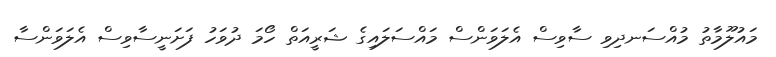
މައުލޫމާތު މުއްސަނދިވި ސާވިސް އެލަވަންސް މައްސަލައިގެ ޝަރީއަތް ހޯމަ ދުވަހު ފަށަނީސާވިސް އެލަވަންސާ